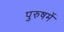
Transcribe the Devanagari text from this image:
पुरुषमें